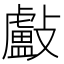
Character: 㪭